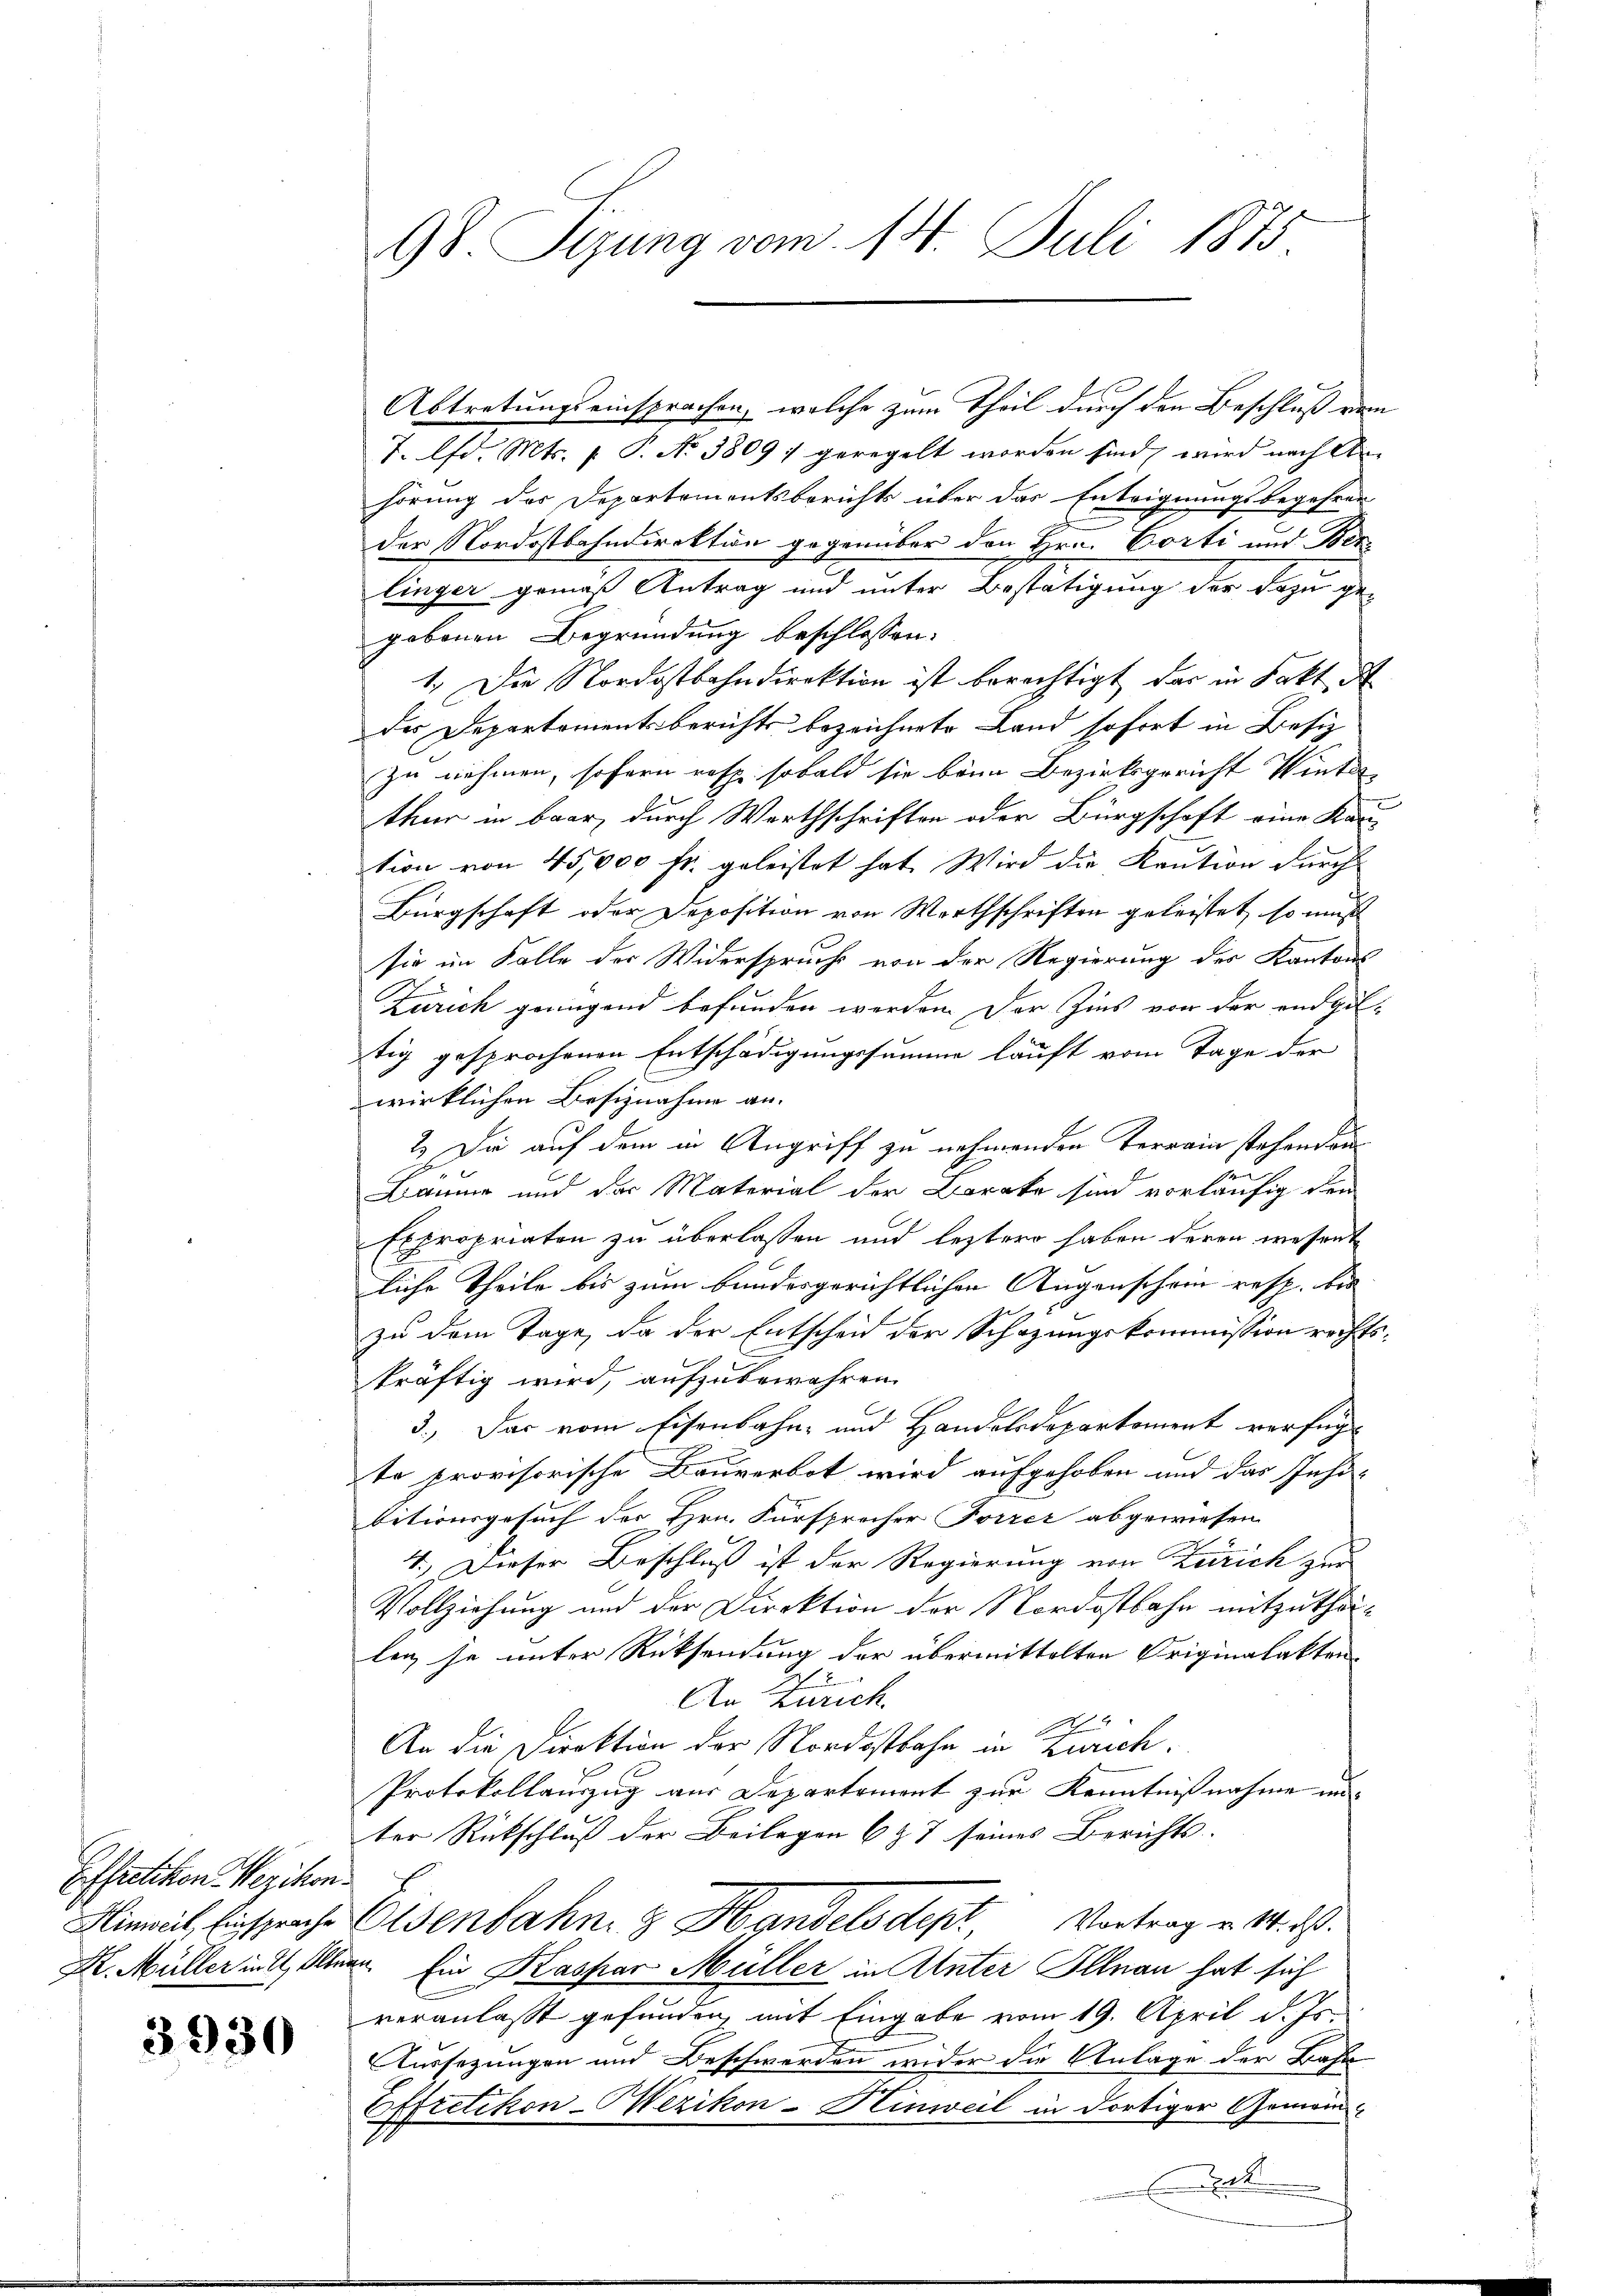
Effretikon - Wezikon.

3930

Abtretungseinsprachen, welche zum Theil durch den Beschluß vom
T. lfd. Mts. v. P. No 3809: geregelt worden sind, wird nach Anhörung der Departementsberichts über das Enteignungsbegehren
der Nordostbahndirektion gegenüber den Hrn. Corti und Ber
linger gemäß Antrag und unter Bestätigung der Bezugegebenen Begründung beschlossen:
1.) Die Nordostbahndirektion ist berechtigt, das in Fakt. A
der Departementsberichts bezeichnete Land sofort in Besiz
zu nehmen, sofern resp. sobald sie beim Bezirksgericht Winterthur in baar durch Worthschriften oder Bürgschaft eine Kau
tion von 45,000 fr. geleistet hat. Wird die Kaution durch
Bürgschaft oder Deposition von Worthschriften geleistet, so muß
sie im Falle der Widerspruche von der Regierung der Kantons
Zürich genügend befunden werden. Der Zins von der endgeltig gesprochenen Entschädigungssumme läuft vom Tage der
b.
wirklichen Besiznahme an.
2.) Da auf dem in Angriff zu nehmenden Terrain stehenden
h
2
Daume und der Material der Barake sind vorläufig den
Expropriaten zu überlassen und leztere haben deren wesent
liche Theile bis zum bandesgerichtlichen Augenschein resp. bis
zu dem Tage, da der Entscheid der Schazungskommission rechtskräftig wird, aufzubewahren.
3.) Das vom Eisenbahn- und Handelsdoparkoment verfügt
te provisorische Bauverbot wird aufgehoben und das Inhi-
bitionsgesuch der Hrn. Fürsprecher Forrez abgewiesen
4.) Dieser Beschluß ist der Regierung von Zürich zur
Vollziehung und der Direktion der Nordostbahn mitzutheileg je unter Rücksendung der übermittelten Originalakten.
An Zürich
4
An die Direktion der Nordostbahn in Zürich.
Protokollauszug aus Departement zur Kenntnißnahme unter Rückschluß der Beilagen 6 § 7 seines Berichts-
Hinweil Einsprache Elsenbahn & Handelsdept Vortrag v. M. ds.
H. Müller in Allern. Ein Kaspar Müller in Unter Illnau hat sich
veranlaßt gefunden mit Eingabe vom 19. April d. Js.
Aussezungen und Beschwerden wider die Anlage der Bahn
Effretikon-Wezikon-Hinweil in dortiger Gemein
t

98. Sizung vom 14. Juli 1875